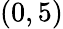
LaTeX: (0,5)